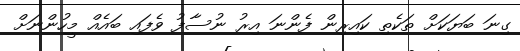
ގިނަ ބަޔަކަށް ތަކެތި ކައިރިން ފެންނަ އިރު ނުސާފު ވެފައި ބައެއް މީހުންނަށް